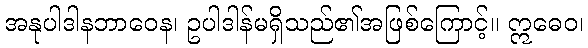
အနုပါဒါနဘာဝေန၊ ဥပါဒါန်မရှိသည်၏အဖြစ်ကြောင့်။ ဣဓေဝ၊